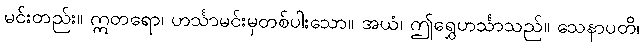
မင်းတည်း။ ဣတရော၊ ဟင်္သာမင်းမှတစ်ပါးသော။ အယံ၊ ဤရွှေဟင်္သာသည်။ သေနာပတိ၊